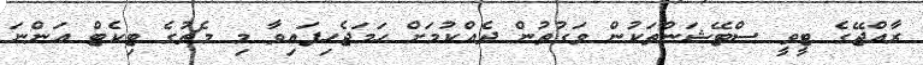
ރާއްޖޭގެ ޓީވީ ސްޓޭޝަންތަކުން ވަގުތުން ދެއްކުމަށް ހަމަޖެހިފައިވާ މި މެޗުގެ ޓިކެޓް އަންނަ